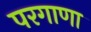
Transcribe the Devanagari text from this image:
परगाणा